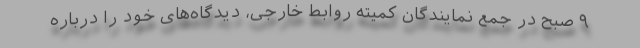
۹ صبح در جمع نمایندگان کمیته روابط خارجی، دیدگاه‌های خود را درباره